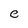
Character: e